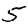
Digit: 5